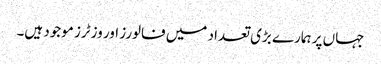
جہاں پر ہمارے بڑی تعداد میں فالورز اور وزٹرز موجود ہیں۔